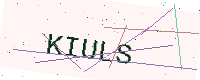
Text: KIULS